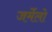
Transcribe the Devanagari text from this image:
जर्मेलो